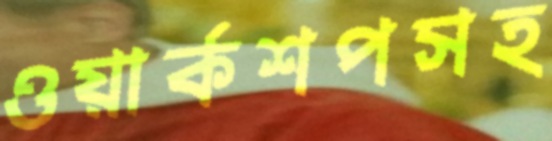
ওয়ার্কশপসহ